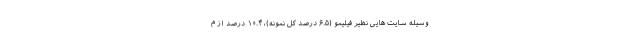
وسیله سایت­­ هایی نظیر فیلیمو (۶.۵ درصد کل نمونه)، ۱۰.۴ درصد از م